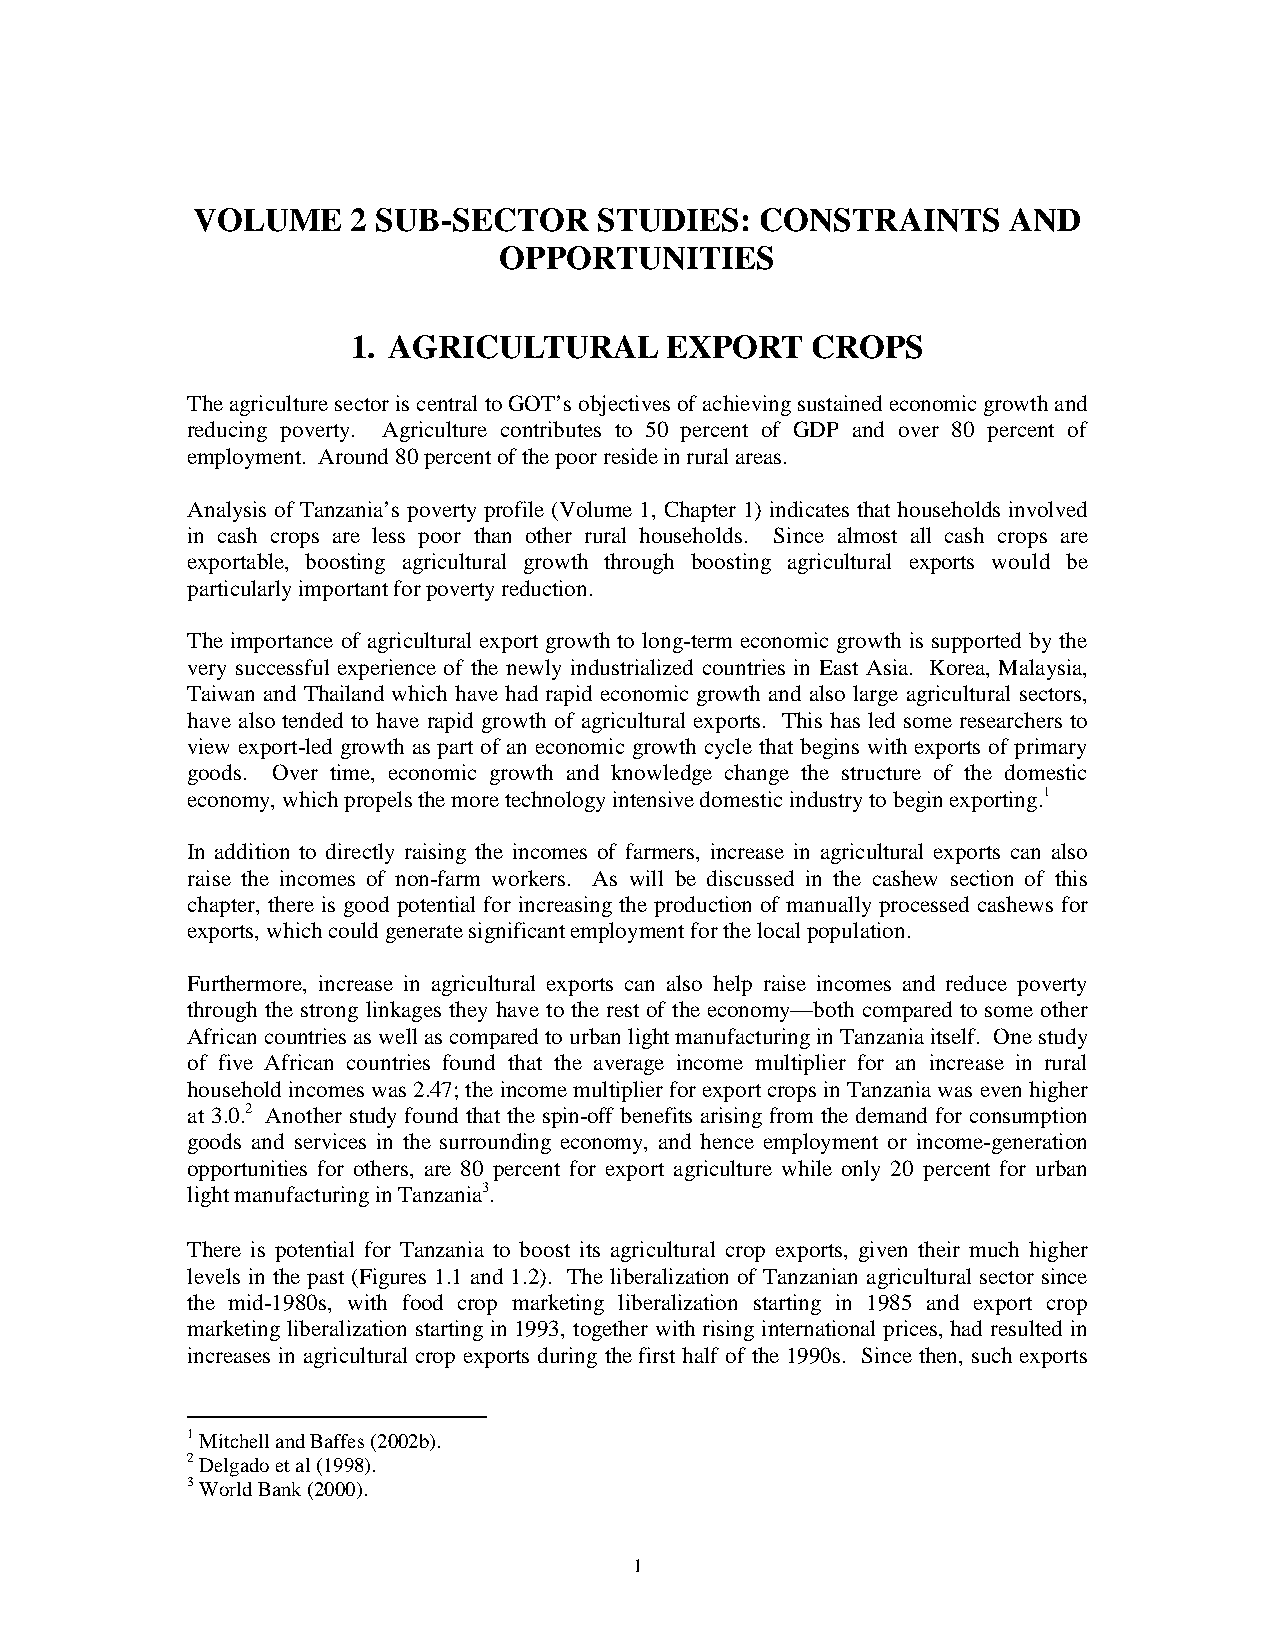
VOLUME    2 SUB-SECTOR     STUDIES:  CONSTRAINTS      AND
 OPPORTUNITIES
 1. AGRICULTURAL      EXPORT    CROPS
 The agriculture sector is central to GOT’s objectives of achieving sustained economic growth and
 reducing poverty. Agriculture contributes to 50 percent of GDP and over 80 percent of
 employment. Around 80 percent of the poor reside in rural areas.
 Analysis of Tanzania’s poverty profile (Volume 1, Chapter 1) indicates that households involved
 in cash crops are less poor than other rural households. Since almost all cash crops are
 exportable, boosting agricultural growth through boosting agricultural exports would be
 particularly important for poverty reduction.
 The importance of agricultural export growth to long-term economic growth is supported by the
 very successful experience of the newly industrialized countries in East Asia. Korea, Malaysia,
 Taiwan and Thailand which have had rapid economic growth and also large agricultural sectors,
 have also tended to have rapid growth of agricultural exports. This has led some researchers to
 view export-led growth as part of an economic growth cycle that begins with exports of primary
 goods. Over time, economic growth and knowledge change the structure of the domestic
 economy, which propels the more technology intensive domestic industry to begin exporting.1
 In addition to directly raising the incomes of farmers, increase in agricultural exports can also
 raise the incomes of non-farm workers. As will be discussed in the cashew section of this
 chapter, there is good potential for increasing the production of manually processed cashews for
 exports, which could generate significant employment for the local population.
 Furthermore, increase in agricultural exports can also help raise incomes and reduce poverty
 through the strong linkages they have to the rest of the economy—both compared to some other
 African countries as well as compared to urban light manufacturing in Tanzania itself. One study
 of five African countries found that the average income multiplier for an increase in rural
 household incomes was 2.47; the income multiplier for export crops in Tanzania was even higher
 at 3.0.2 Another study found that the spin-off benefits arising from the demand for consumption
 goods and services in the surrounding economy, and hence employment or income-generation
 opportunities for others, are 80 percent for export agriculture while only 20 percent for urban
 light manufacturing in Tanzania3.
 There is potential for Tanzania to boost its agricultural crop exports, given their much higher
 levels in the past (Figures 1.1 and 1.2). The liberalization of Tanzanian agricultural sector since
 the mid-1980s, with food crop marketing liberalization starting in 1985 and export crop
 marketing liberalization starting in 1993, together with rising international prices, had resulted in
 increases in agricultural crop exports during the first half of the 1990s. Since then, such exports
 1 Mitchell and Baffes (2002b).
 2 Delgado et al (1998).
 3 World Bank (2000).
 1